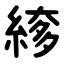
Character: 䋾